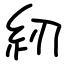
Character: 紉